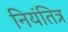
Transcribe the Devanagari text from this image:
नियंतित्र